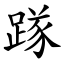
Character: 䠔